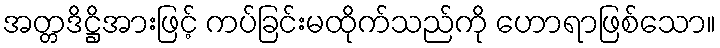
အတ္တဒိဋ္ဌိအားဖြင့် ကပ်ခြင်းမထိုက်သည်ကို ဟောရာဖြစ်သော။